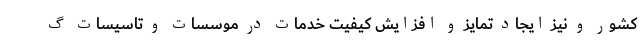
کشور و نیز ایجاد تمایز و افزایش کیفیت خدمات در موسسات و تاسیسات گ